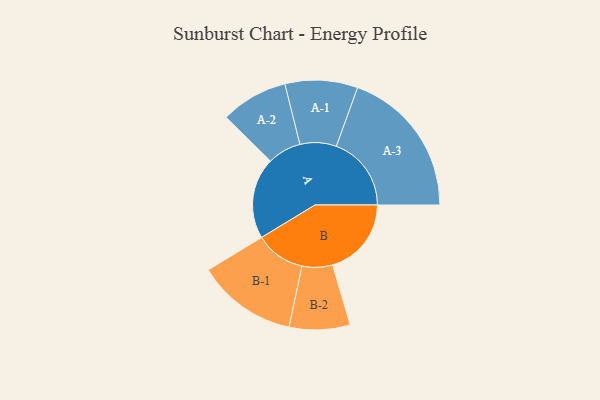
{"axis": {"x": "Segment", "y": "Value"}, "legend": ["", "A", "B"], "data": [{"x": "A", "y": 302, "type": ""}, {"x": "B", "y": 293, "type": ""}, {"x": "A-1", "y": 135, "type": "A"}, {"x": "A-2", "y": 125, "type": "A"}, {"x": "A-3", "y": 279, "type": "A"}, {"x": "B-1", "y": 186, "type": "B"}, {"x": "B-2", "y": 113, "type": "B"}]}